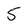
Character: 5